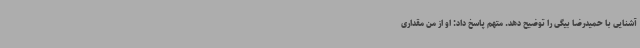
آشنایی با حمیدرضا بیگی را توضیح دهد. متهم پاسخ داد: او از من مقداری